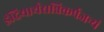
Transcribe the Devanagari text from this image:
इंद्रियार्थसन्निकर्षजन्यं